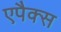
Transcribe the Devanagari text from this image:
एपैक्स